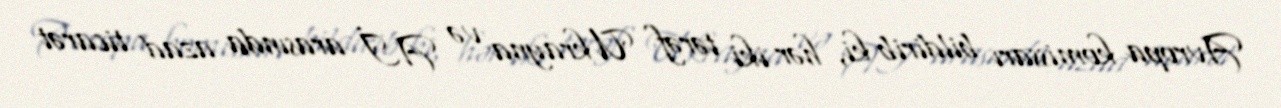
Avropa komissarı bildirib ki, hər iki tərəf Ukrayna və Aİ arasında azad ticarət